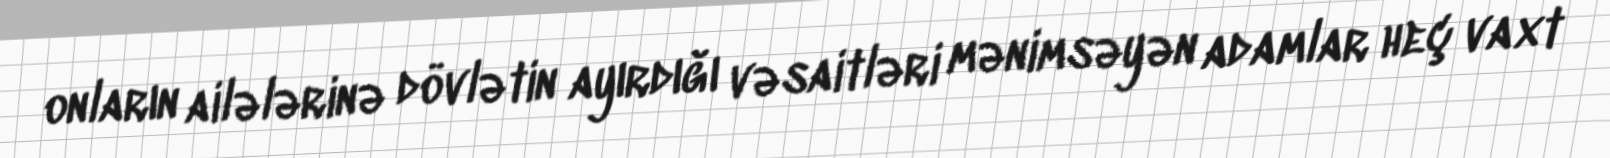
onların ailələrinə dövlətin ayırdığı vəsaitləri mənimsəyən adamlar heç vaxt